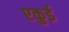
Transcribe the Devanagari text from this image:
एकुई